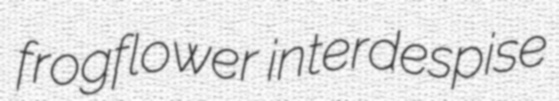
frogflower interdespise